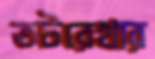
তটরেখার